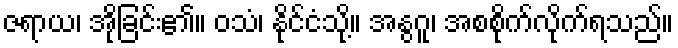
ဇရာယ၊ အိုခြင်း၏။ ဝသံ၊ နိုင်ငံသို့။ အနွဂူ၊ အစစိုက်လိုက်ရသည်။